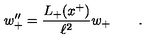
w _ { + } ^ { \prime \prime } = \frac { L _ { + } ( x ^ { + } ) } { \ell ^ { 2 } } w _ { + } \qquad .